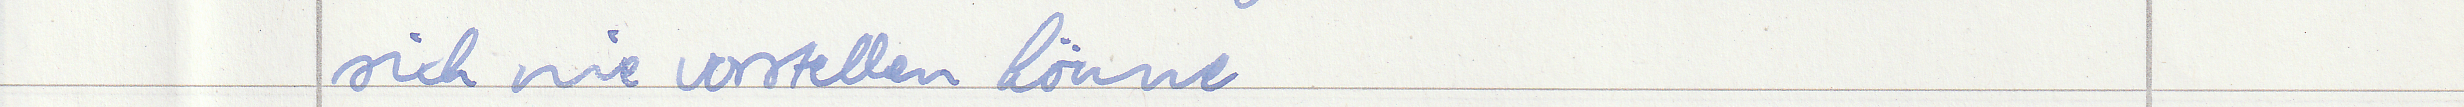
sich nie vorstellen könne